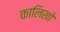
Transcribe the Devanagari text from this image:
कालिखो